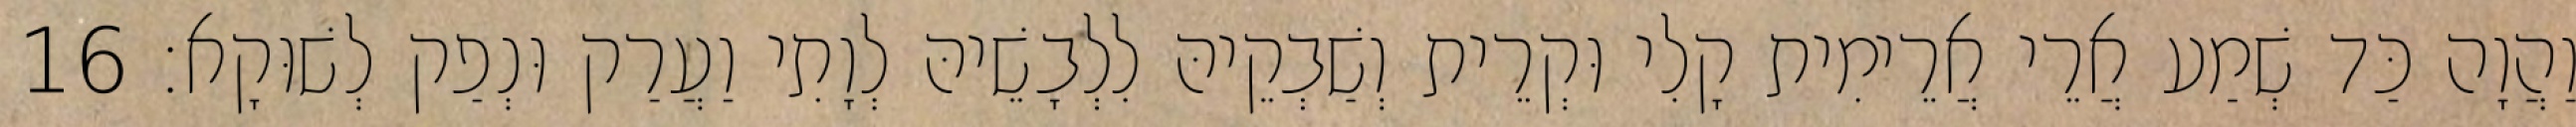
וַהֲוָה כַּד שְׁמַע אֲרֵי אֲרֵימִית קָלִי וּקְרֵית וְשַׁבְקֵיהּ לִלְבָשֵׁיהּ לְוָתִי וַעֲרַק וּנְפַק לְשׁוּקָא׃ 16